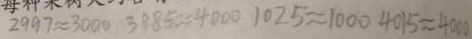
2 9 9 7 \approx 3 0 0 0 3 9 8 5 \approx 4 0 0 0 1 0 2 5 \approx 1 0 0 0 4 0 1 5 \approx 4 0 0 0